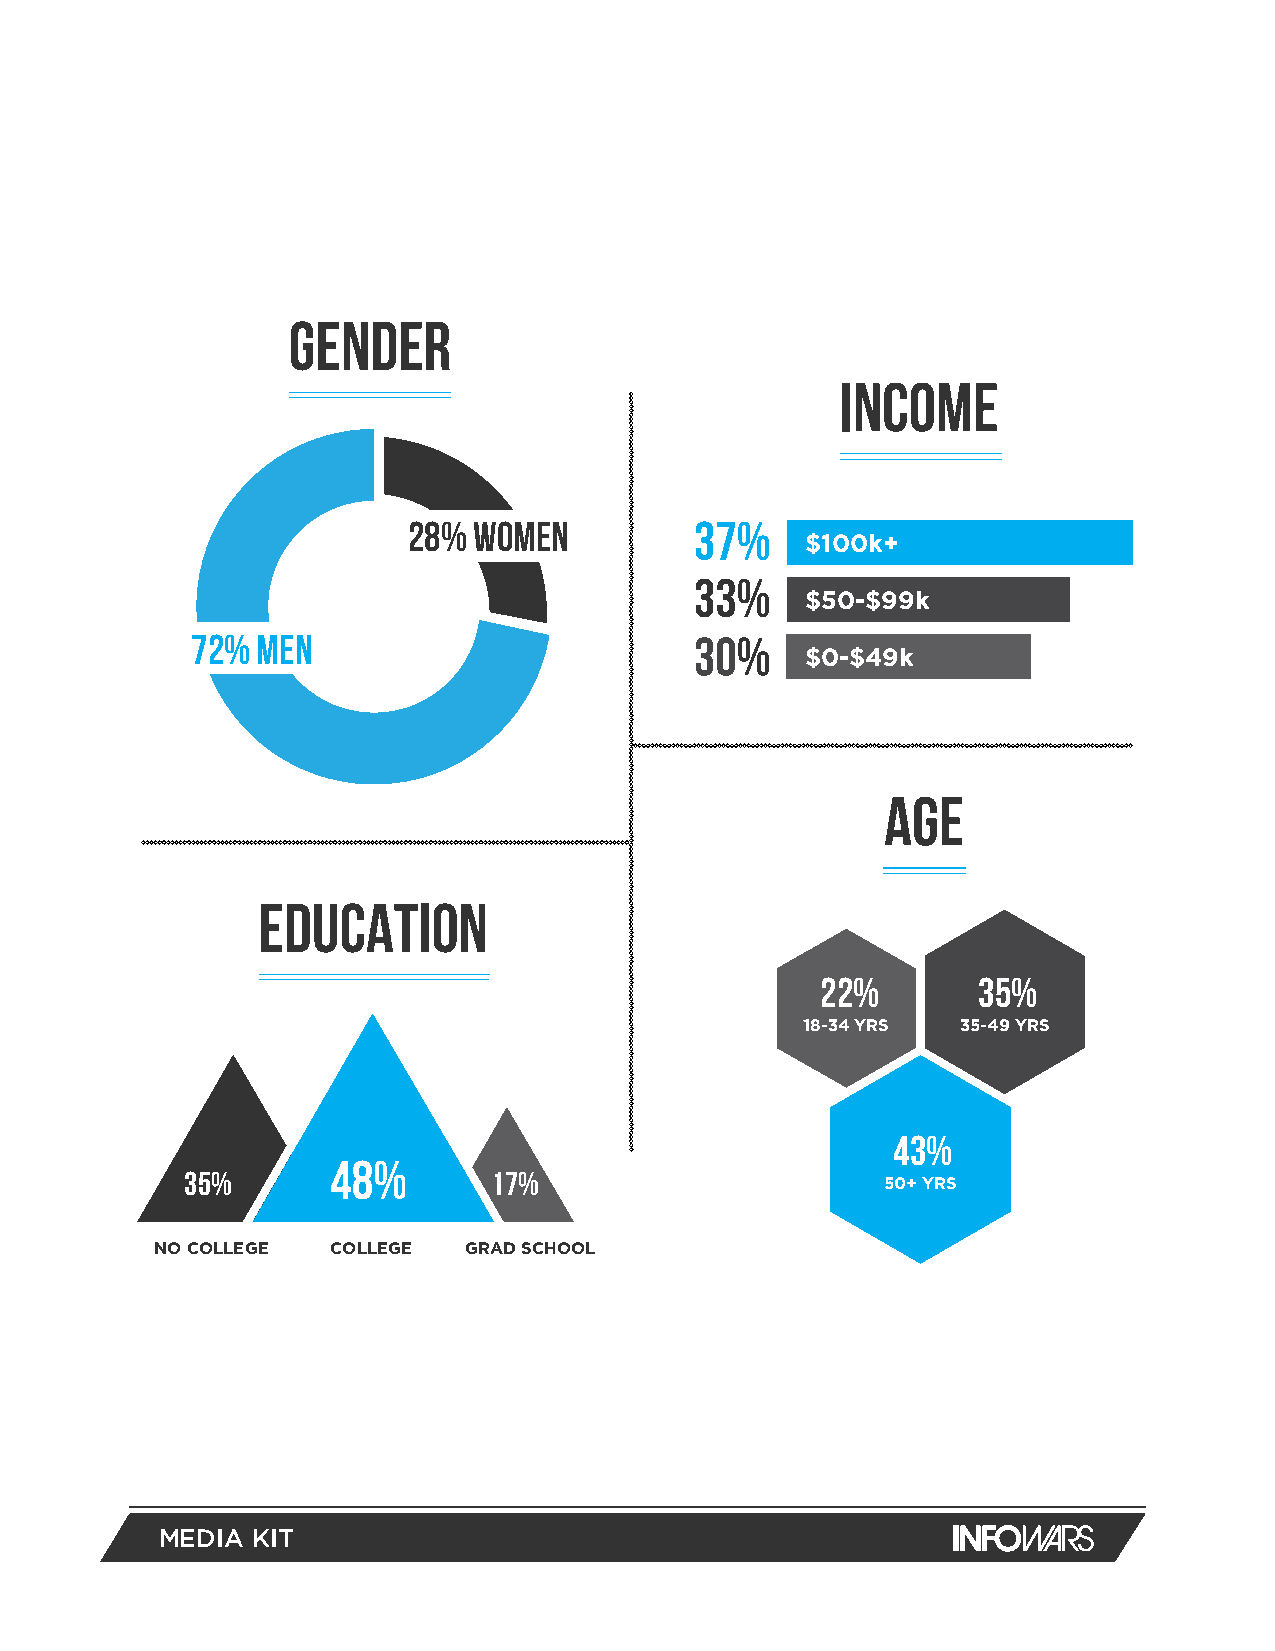
GENDER
 INCOME
 28% WOMEN          37%
 $100k+
 33%
 $50-$99k
 72% MEN                          30%
 $0-$49k
 AGE
 EDUCATION
 22%        35%
 18-34 YRS  35-49 YRS
 43%
 48%
 35%                  17%
 50+ YRS
 NO COLLEGE  COLLEGE  GRAD SCHOOL
 MEDIA KIT